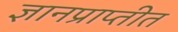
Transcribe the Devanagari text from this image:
ज्ञानप्राप्तीत